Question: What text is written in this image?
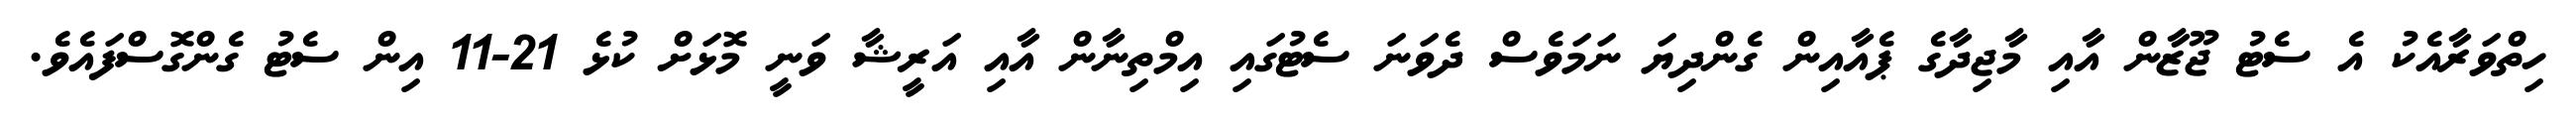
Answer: ހިތްވަރާއެކު އެ ސެޓު ޖޫޒާން އާއި މާޖިދާގެ ޕެއާއިން ގެންދިޔަ ނަމަވެސް ދެވަނަ ސެޓުގައި އިމްތިނާން އާއި އަރީޝާ ވަނީ މޮޅަށް ކުޅެ 21-11 އިން ސެޓު ގެންގޮސްފައެވެ.